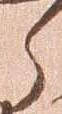
郎